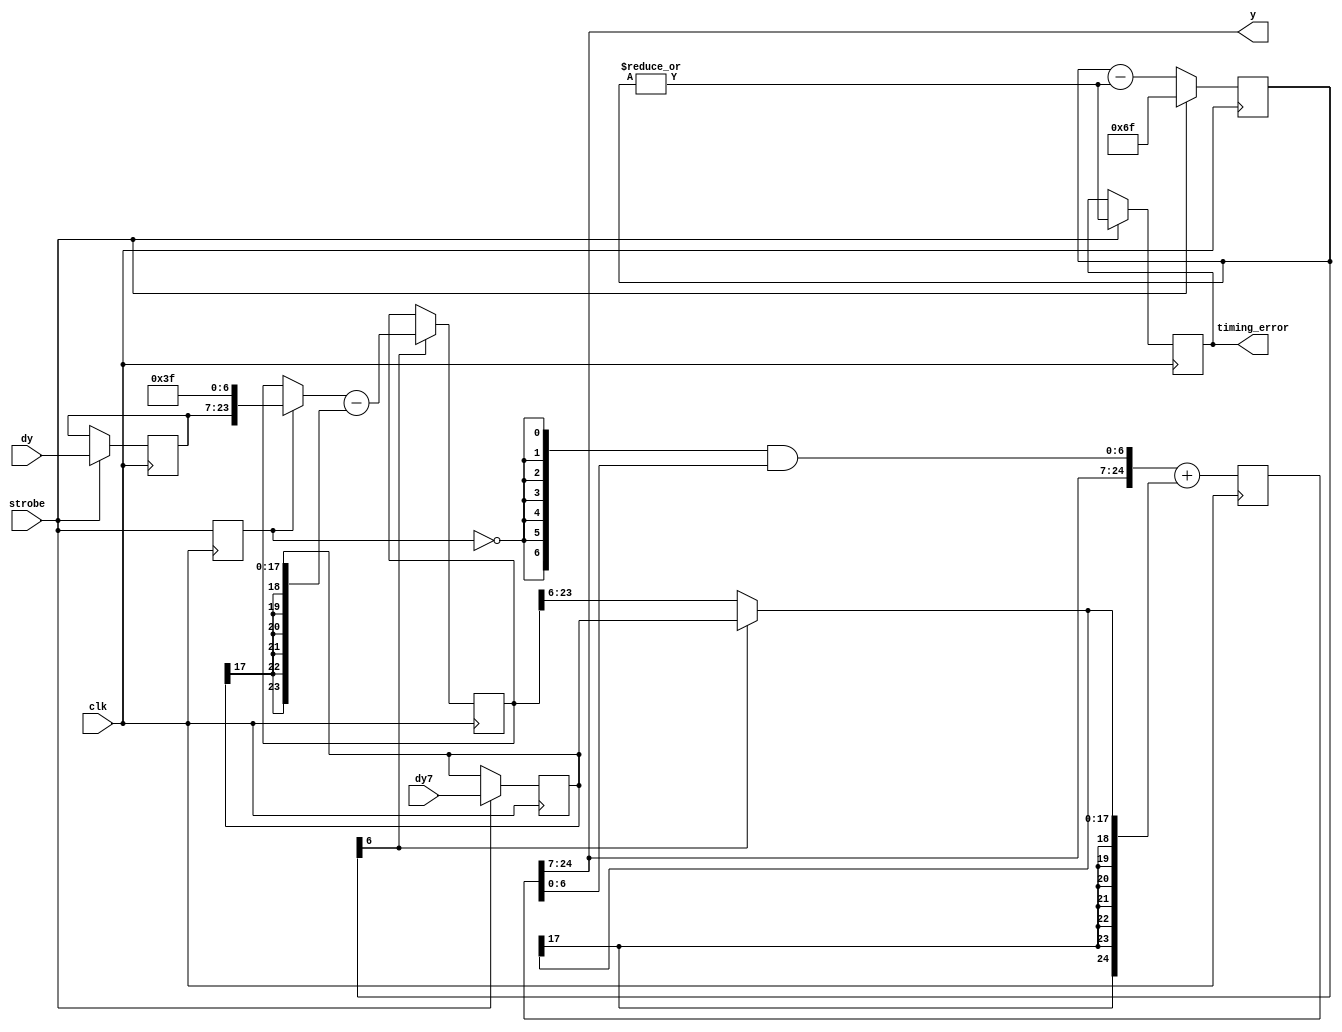
`timescale 1ns / 1ns

// smoothly integrate dy, such that y takes period cycles to make
// the dy change given at the strobe pulse.
// One upper bit of y is added to support division-by-two in the phase sense,
// ignore that if you don't want it.
//
// phase 1 ( period - 2^(cntw-1) cycles): add dy7/2^cntw
// phase 2 (          2^(cntw-1) cycles): add remain/2^(cntw-1)
//
// example (default):
//  period=112
//  cntw=7
//  phase 1 lasts 48 cycles, step is dy7/128 ~ dy/112
//  phase 2 lasts 64 cycles, step is remain/64
//  dy7 is approximation to dy*(2^cntw/period)
//
module interpol(
	input clk,
	input signed [16:0] dy,
	input signed [17:0] dy7,   // valid same clk as dy
	input strobe,
	output [17:0] y,
	output timing_error
);
parameter cntw=7;
parameter period=112;

// control signal synthesis
reg [cntw-1:0] ccnt=0;
reg strobe1=0;
wire [cntw-1:0] cic_preset = period-1;
reg timing_error_r=0;
always @(posedge clk) begin
	strobe1 <= strobe;
	ccnt <= strobe ? cic_preset : (ccnt-(|ccnt));//1'b1);
	if (strobe) timing_error_r <= |ccnt;
end
wire phase1 = ccnt[cntw-1];

// data path
reg [17+cntw:0] yr=0;
reg signed [16+cntw:0] remain=0;
reg [16:0] dyr=0;
reg [17:0] dy7r=0;
wire [17:0] incr = phase1 ? dy7r : remain[16+cntw:cntw-1];
always @(posedge clk) begin
	if (strobe) dyr <= dy;
	if (strobe) dy7r <= dy7;
	if (phase1) remain <= (strobe1 ? {dyr,1'b0,{(cntw-1){1'b1}}} : remain) -
		{{(cntw-1){dy7r[17]}}, dy7r};
	yr <= {yr[17+cntw:cntw],{cntw{~strobe1}}&yr[cntw-1:0]} + {{cntw{incr[17]}},incr};
end

assign y = yr[17+cntw:cntw];
assign timing_error = timing_error_r;

endmodule